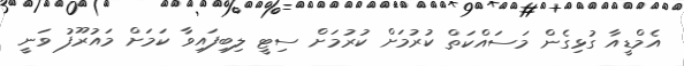
އެމްޑީއާ ގުޅިގެން މަސައްކަތް ކުރުމަށް ކުރުމަށް ސިޓީ ލިބިފައިވާ ކަމަށް މައުރޫފު ވަނީ